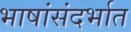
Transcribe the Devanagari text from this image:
भाषांसंदर्भात